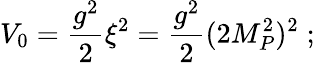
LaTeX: V_{0}=\frac{g^{2}}2\xi^{2}=\frac{g^{2}}2(2M_{P}^{2})^{2}\; ;